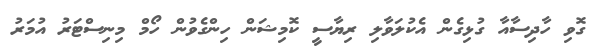
ގޮވި ހާދިސާއާ ގުޅިގެން އެކުލަވާލި ރިޔާސީ ކޮމިޝަން ހިންގެވުން ހޯމް މިނިސްޓަރު އުމަރު